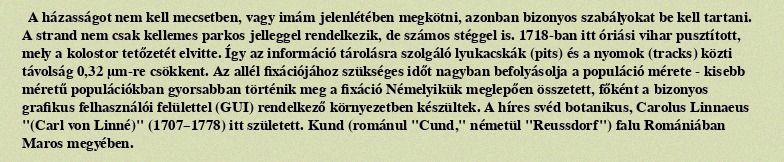
A házasságot nem kell mecsetben, vagy imám jelenlétében megkötni, azonban bizonyos szabályokat be kell tartani. A strand nem csak kellemes parkos jelleggel rendelkezik, de számos stéggel is. 1718-ban itt óriási vihar pusztított, mely a kolostor tetőzetét elvitte. Így az információ tárolásra szolgáló lyukacskák (pits) és a nyomok (tracks) közti távolság 0,32 µm-re csökkent. Az allél fixációjához szükséges időt nagyban befolyásolja a populáció mérete - kisebb méretű populációkban gyorsabban történik meg a fixáció Némelyikük meglepően összetett, főként a bizonyos grafikus felhasználói felülettel (GUI) rendelkező környezetben készültek. A híres svéd botanikus, Carolus Linnaeus "(Carl von Linné)" (1707–1778) itt született. Kund (románul "Cund," németül "Reussdorf") falu Romániában Maros megyében.